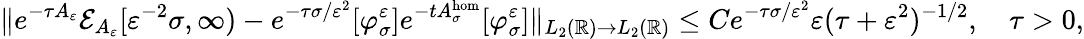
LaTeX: \| e^{-\tau A_{\varepsilon}}\mathcal{E}_{A_{\varepsilon}}[\varepsilon^{-2}\sigma,\infty)-e^{-\tau\sigma/\varepsilon^{2}}[\varphi_{\sigma}^{\varepsilon}]e^{-tA_{\sigma}^{\mathrm{hom}}}[\varphi_{\sigma}^{\varepsilon}]\| _{L_{2}(\mathbb{R})\to L_{2}(\mathbb{R})}\le Ce^{-\tau\sigma/\varepsilon^{2}}\varepsilon(\tau+\varepsilon^{2})^{-1/2},\quad\tau>0,